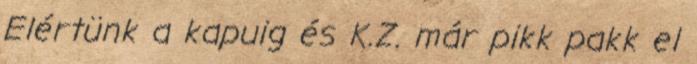
Elértünk a kapuig és K.Z. már pikk pakk el